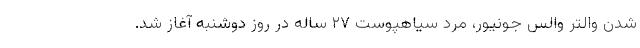
شدن والتر والس جونیور، مرد سیاهپوست ۲۷ ساله در روز دوشنبه آغاز شد.